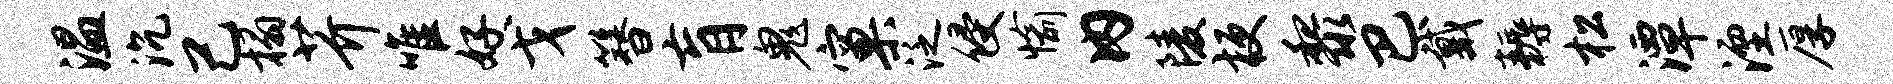
温沉己榻芥唯好戈簪肓鬼窠泛侵愉内陵梗黎巴戴耨松潭湮厚